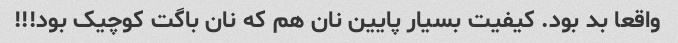
واقعا بد بود. کیفیت بسیار پایین نان هم که نان باگت کوچیک بود!!!